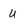
Character: U